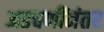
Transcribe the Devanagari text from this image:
अडचणींनंतर